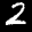
Label: 2